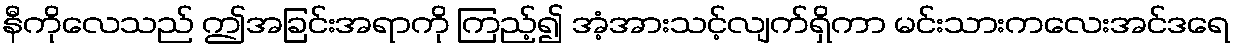
နီကိုလေသည် ဤအခြင်းအရာကို ကြည့်၍ အံ့အားသင့်လျက်ရှိကာ မင်းသားကလေးအင်ဒရေ